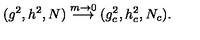
( g ^ { 2 } , h ^ { 2 } , N ) \stackrel { m \rightarrow 0 } { \longrightarrow } ( g _ { c } ^ { 2 } , h _ { c } ^ { 2 } , N _ { c } ) .